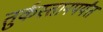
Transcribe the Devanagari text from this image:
तुर्कस्तानपर्यंत